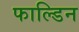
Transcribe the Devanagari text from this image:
फाल्डिन